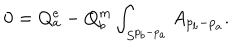
LaTeX: 0 = Q _ { a } ^ { e } - Q _ { b } ^ { m } \int _ { S ^ { p _ { b } - p _ { a } } } A _ { p _ { b } - p _ { a } } .